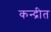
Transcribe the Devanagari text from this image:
कन्द्रीत